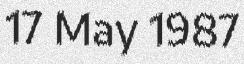
17 May 1987